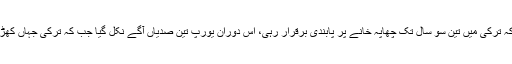
تیمور نے کہا کہ ترکی میں تین سو سال تک چھاپہ خانے پر پابندی برقرار رہی، اس دوران یورپ تین صدیاں آگے نکل گیا جب کہ ترکی جہاں کھڑا تھا، وہیں رہا۔